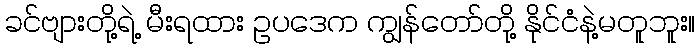
ခင်ဗျားတို့ရဲ့ မီးရထား ဥပဒေက ကျွန်တော်တို့ နိုင်ငံနဲ့မတူဘူး။